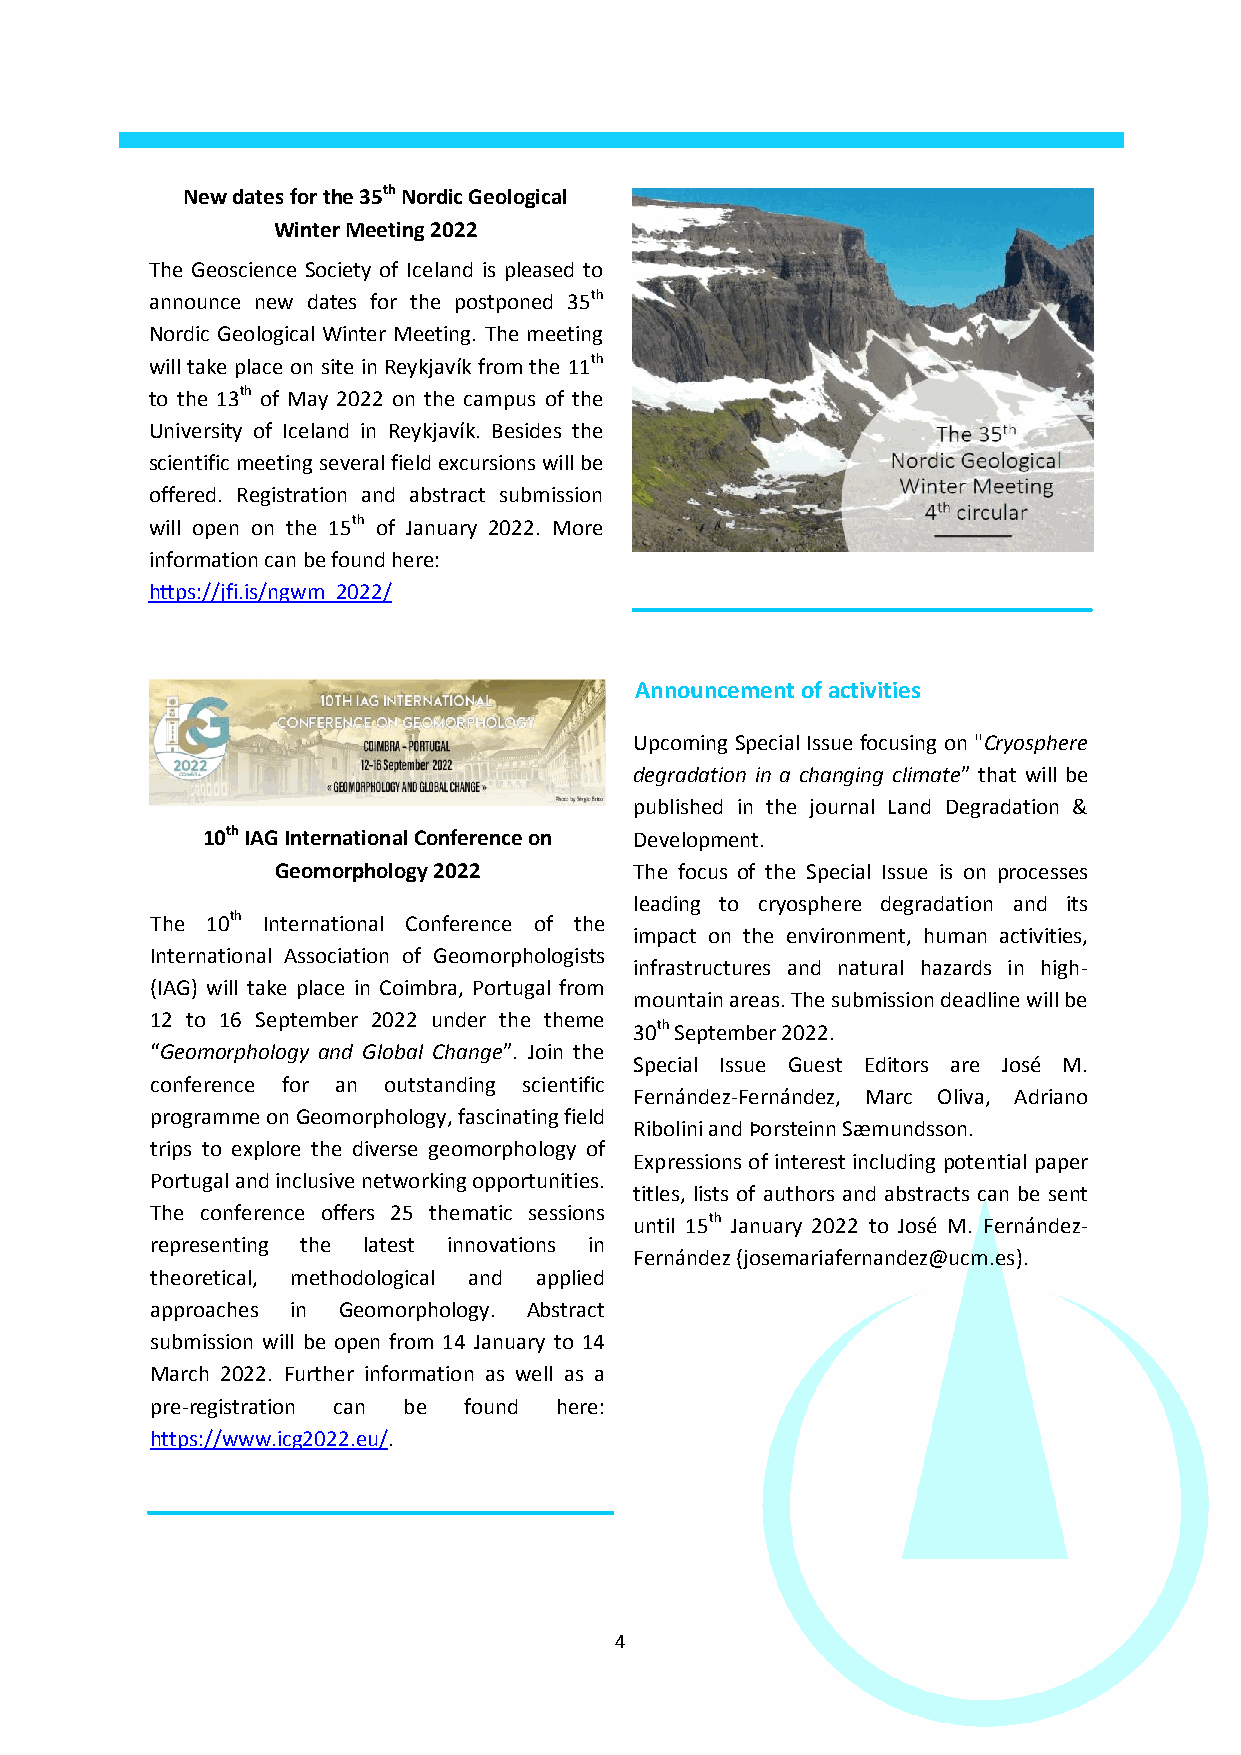
New dates for the 35th Nordic Geological
 Winter Meeting 2022
 The Geoscience Society of Iceland is pleased to
 announce new dates for the postponed 35th
 Nordic Geological Winter Meeting. The meeting
 will take place on site in Reykjavík from the 11th
 to the 13th of May 2022 on the campus of the
 University of Iceland in Reykjavík. Besides the
 scientific meeting several field excursions will be
 offered. Registration and abstract submission
 will open on the 15th of January 2022. More
 information can be found here:
 https://jfi.is/ngwm_2022/
 Announcement of activities
 Upcoming Special Issue focusing on "Cryosphere
 degradation in a changing climate” that will be
 published in the journal Land Degradation &
 10th IAG International Conference on Development.
 Geomorphology 2022      The focus of the Special Issue is on processes
 leading to cryosphere degradation and its
 The 10th International Conference of the
 impact on the environment, human activities,
 International Association of Geomorphologists
 infrastructures and natural hazards in high-
 (IAG) will take place in Coimbra, Portugal from
 mountain areas. The submission deadline will be
 12 to 16 September 2022 under the theme
 30th September 2022.
 “Geomorphology and Global Change”. Join the
 Special Issue Guest Editors are José M.
 conference for an outstanding scientific
 Fernández-Fernández, Marc Oliva, Adriano
 programme on Geomorphology, fascinating field
 Ribolini and Þorsteinn Sæmundsson.
 trips to explore the diverse geomorphology of
 Expressions of interest including potential paper
 Portugal and inclusive networking opportunities.
 titles, lists of authors and abstracts can be sent
 The conference offers 25 thematic sessions
 until 15th January 2022 to José M. Fernández-
 representing the latest innovations in
 Fernández (josemariafernandez@ucm.es).
 theoretical, methodological and applied
 approaches in Geomorphology. Abstract
 submission will be open from 14 January to 14
 March 2022. Further information as well as a
 pre-registration can be found here:
 https://www.icg2022.eu/.
 4